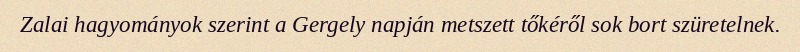
Zalai hagyományok szerint a Gergely napján metszett tőkéről sok bort szüretelnek.